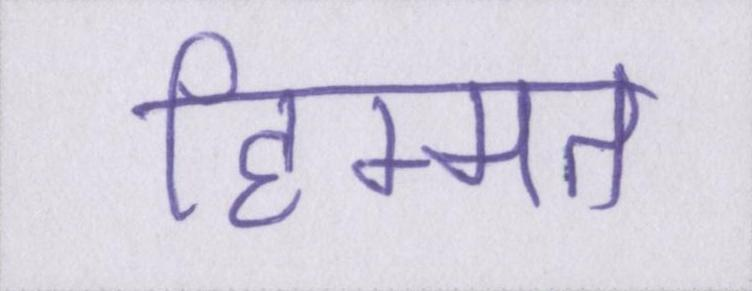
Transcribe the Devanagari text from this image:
हिम्मत